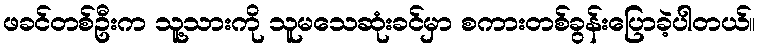
ဖခင်တစ်ဦးက သူ့သားကို သူမသေဆုံးခင်မှာ စကားတစ်ခွန်းပြောခဲ့ပါတယ်။